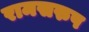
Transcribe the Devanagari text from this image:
रामसरुप